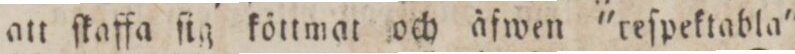
att ſkaffa ſig köttmat och äfwen 'reſpektabla'